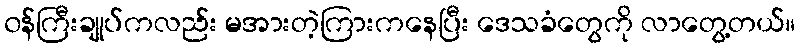
၀န်ကြီးချုပ်ကလည်း မအားတဲ့ကြားကနေပြီး ဒေသခံတွေကို လာတွေ့တယ်။